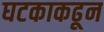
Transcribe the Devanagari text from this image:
घटकाकढून